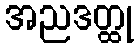
အညဒတ္ထု